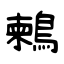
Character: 鶫